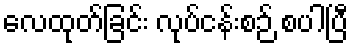
လေထုတ်ခြင်း လုပ်ငန်းစဉ် စပါပြီ